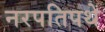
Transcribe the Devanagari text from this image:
नरपतिपथे